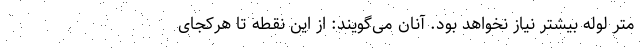
متر لوله بیشتر نیاز نخواهد بود. آنان می‌گویند: از این نقطه تا هرکجای